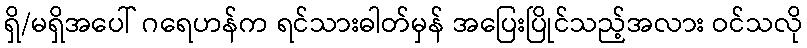
ရှိ/မရှိအပေါ် ဂရေဟန်က ရင်သားဓါတ်မှန် အပြေးပြိုင်သည့်အလား ဝင်သလို